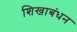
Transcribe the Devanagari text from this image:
शिखाबंधन